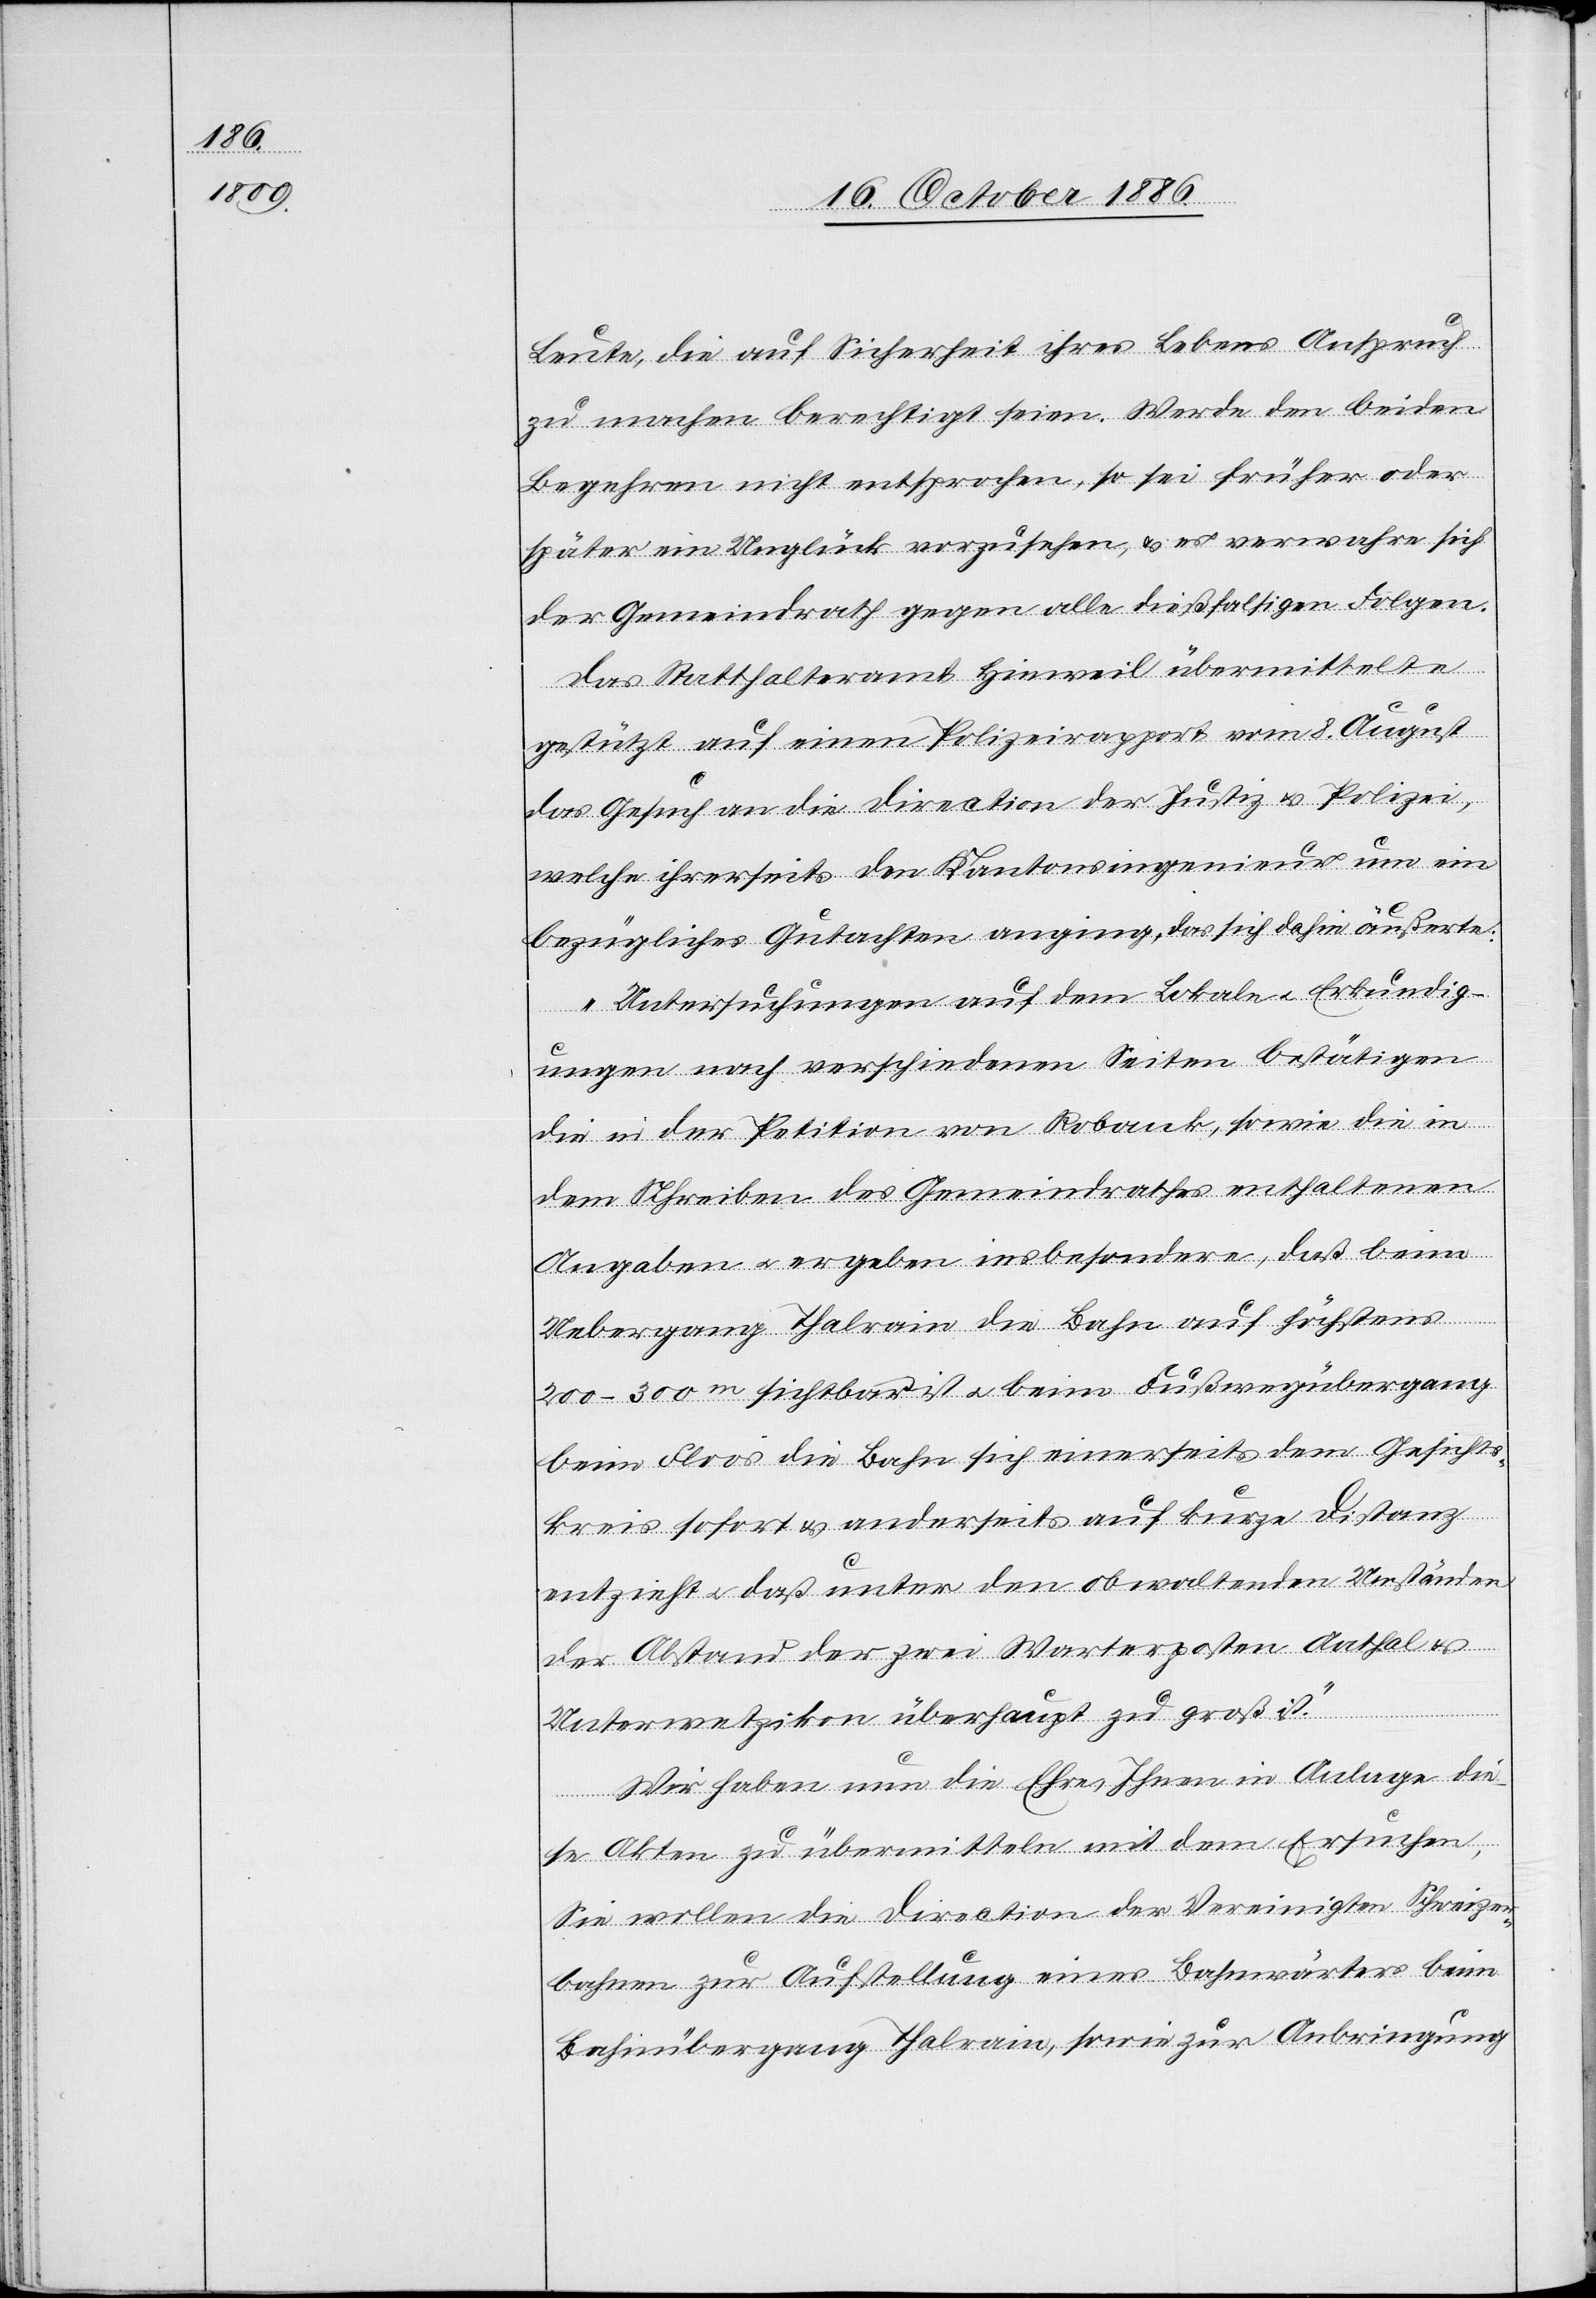
Leute, die auf Sicherheit ihres Lebens Anspruch
zu machen berechtigt seien. Werde den beiden
Begehren nicht entsprochen, so sei früher oder
später ein Unglück vorzusehen, & es verwahre sich
der Gemeindrath gegen alle dießfaltigen Folgen.
Das Statthalteramt Hinweil übermittelte
gestützt auf einen Polizeirapport vom 8. August
das Gesuch an die Direction der Justiz & Polizei,
welche ihrerseits den Kantonsingenieur um ein
bezügliches Gutachten anging, das sich dahin äußerte:
„Untersuchungen auf dem Lokale & Erkundig¬
ungen nach verschiedenen Seiten bestätigen
die in der Petition von Robank, sowie die in
dem Schreiben des Gemeindrathes enthaltenen
Angaben & ergeben insbesondere, daß beim
Uebergang Thalrain die Bahn auf höchstens
200–300m sichtbar ist & beim Fußwegübergang
beim Floos die Bahn sich einerseits dem Gesichts¬
kreis sofort & anderseits auf kurze Distanz
entzieht & daß unter den obwaltenden Umständen
der Abstand der zwei Warterposten [sic!]
&
Unterwetzikon überhaupt zu groß ist.“
Wir haben nun die Ehre, Ihnen in Anlage die¬
se Akten zu übermitteln mit dem Ersuchen,
Sie wollen die Direction der Vereinigten Schweizer¬
bahnen zur Aufstellung eines Bahnwärters beim
Bahnübergang Thalrain, sowie zur Anbringung